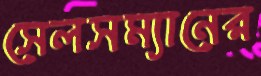
সেলসম্যানের